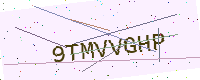
Text: 9TMVVGHP